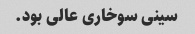
سینی سوخاری عالی بود.